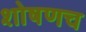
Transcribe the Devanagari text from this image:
शोषणच